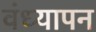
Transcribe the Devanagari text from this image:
वंध्यापन